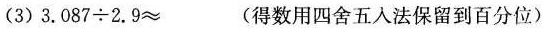
(3)$$3 . 0 8 7 \div 2 . 9 ≈$$ (得数用四舍五入法保留到百分位)